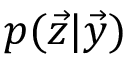
p ( \vec { z } \vert \vec { y } )